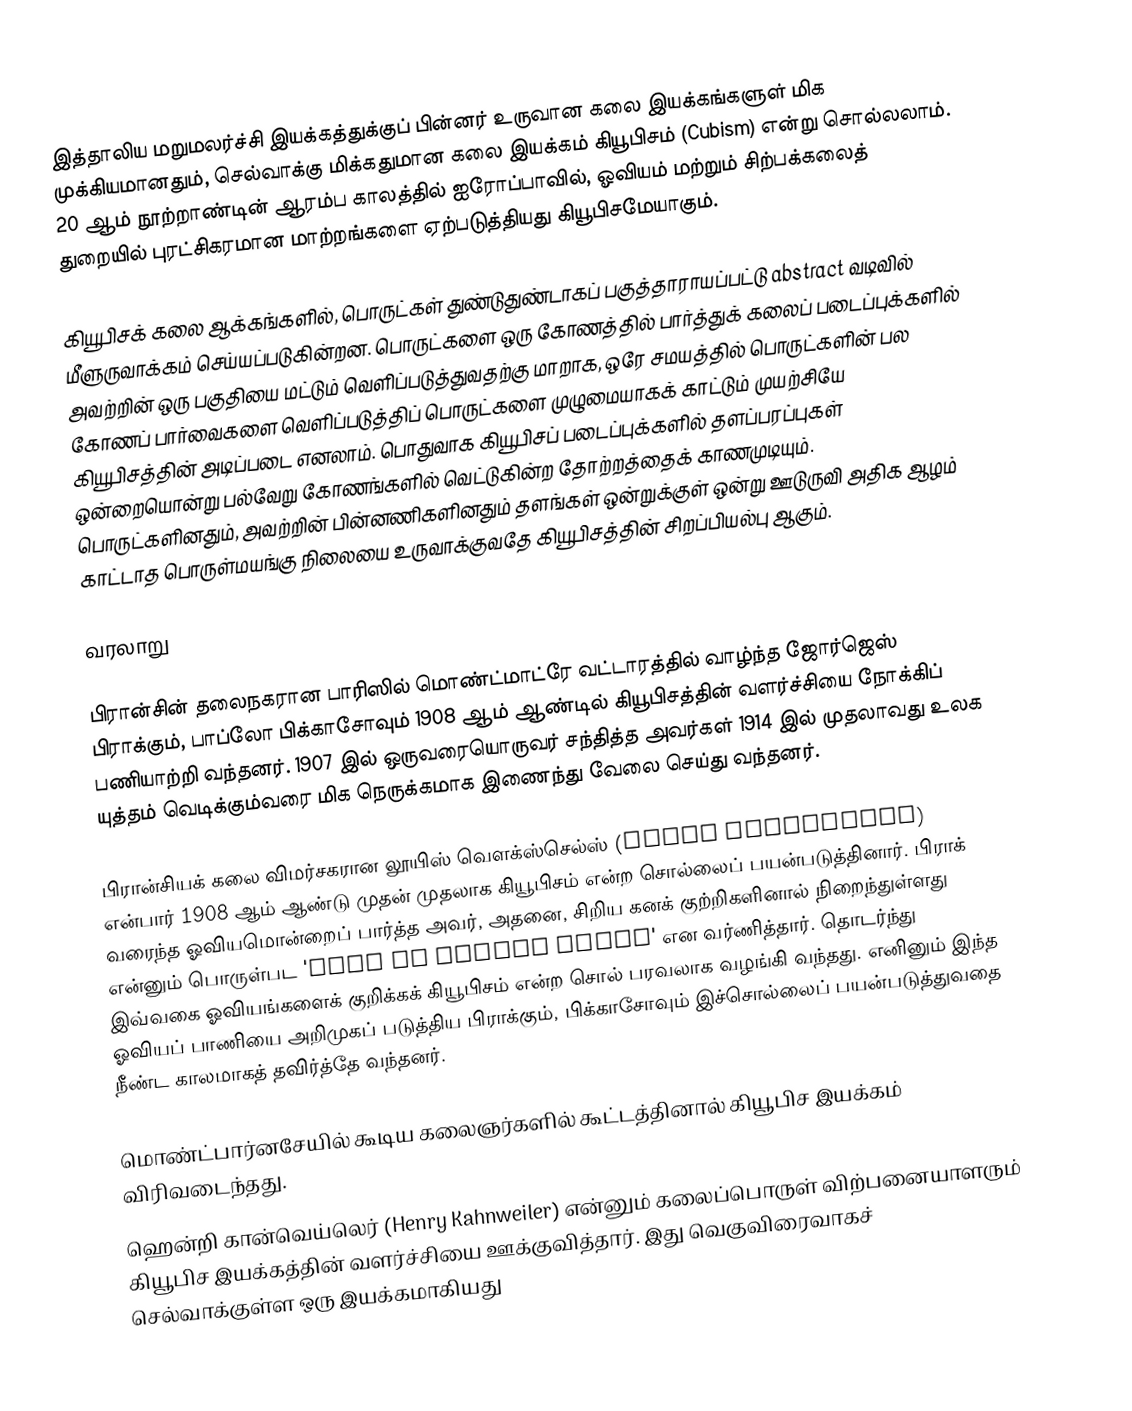
இத்தாலிய மறுமலர்ச்சி இயக்கத்துக்குப் பின்னர் உருவான கலை இயக்கங்களுள் மிக முக்கியமானதும், செல்வாக்கு மிக்கதுமான கலை இயக்கம் கியூபிசம் (Cubism) என்று சொல்லலாம். 20 ஆம் நூற்றாண்டின் ஆரம்ப காலத்தில் ஐரோப்பாவில், ஓவியம் மற்றும் சிற்பக்கலைத் துறையில் புரட்சிகரமான மாற்றங்களை ஏற்படுத்தியது கியூபிசமேயாகும்.

கியூபிசக் கலை ஆக்கங்களில், பொருட்கள் துண்டுதுண்டாகப் பகுத்தாராயப்பட்டு abstract வடிவில் மீளுருவாக்கம் செய்யப்படுகின்றன. பொருட்களை ஒரு கோணத்தில் பார்த்துக் கலைப் படைப்புக்களில் அவற்றின் ஒரு பகுதியை மட்டும் வெளிப்படுத்துவதற்கு மாறாக, ஒரே சமயத்தில் பொருட்களின் பல கோணப் பார்வைகளை வெளிப்படுத்திப் பொருட்களை முழுமையாகக் காட்டும் முயற்சியே கியூபிசத்தின் அடிப்படை எனலாம். பொதுவாக கியூபிசப் படைப்புக்களில் தளப்பரப்புகள் ஒன்றையொன்று பல்வேறு கோணங்களில் வெட்டுகின்ற தோற்றத்தைக் காணமுடியும். பொருட்களினதும், அவற்றின் பின்னணிகளினதும் தளங்கள் ஒன்றுக்குள் ஒன்று ஊடுருவி அதிக ஆழம் காட்டாத பொருள்மயங்கு நிலையை உருவாக்குவதே கியூபிசத்தின் சிறப்பியல்பு ஆகும்.

வரலாறு

பிரான்சின் தலைநகரான பாரிஸில் மொண்ட்மாட்ரே வட்டாரத்தில் வாழ்ந்த ஜோர்ஜெஸ் பிராக்கும், பாப்லோ பிக்காசோவும் 1908 ஆம் ஆண்டில் கியூபிசத்தின் வளர்ச்சியை நோக்கிப் பணியாற்றி வந்தனர். 1907 இல் ஒருவரையொருவர் சந்தித்த அவர்கள் 1914 இல் முதலாவது உலக யுத்தம் வெடிக்கும்வரை மிக நெருக்கமாக இணைந்து வேலை செய்து வந்தனர்.

பிரான்சியக் கலை விமர்சகரான லூயிஸ் வௌக்ஸ்செல்ஸ் (Louis Vauxcelles) என்பார் 1908 ஆம் ஆண்டு முதன் முதலாக கியூபிசம் என்ற சொல்லைப் பயன்படுத்தினார். பிராக் வரைந்த ஓவியமொன்றைப் பார்த்த அவர், அதனை, சிறிய கனக் குற்றிகளினால் நிறைந்துள்ளது என்னும் பொருள்பட 'full of little cubes' என வர்ணித்தார். தொடர்ந்து இவ்வகை ஓவியங்களைக் குறிக்கக் கியூபிசம் என்ற சொல் பரவலாக வழங்கி வந்தது. எனினும் இந்த ஓவியப் பாணியை அறிமுகப் படுத்திய பிராக்கும், பிக்காசோவும் இச்சொல்லைப் பயன்படுத்துவதை நீண்ட காலமாகத் தவிர்த்தே வந்தனர்.

மொண்ட்பார்னசேயில் கூடிய கலைஞர்களில் கூட்டத்தினால் கியூபிச இயக்கம் விரிவடைந்தது.
ஹென்றி கான்வெய்லெர் (Henry Kahnweiler) என்னும் கலைப்பொருள் விற்பனையாளரும் கியூபிச இயக்கத்தின் வளர்ச்சியை ஊக்குவித்தார். இது வெகுவிரைவாகச் செல்வாக்குள்ள ஒரு இயக்கமாகியது